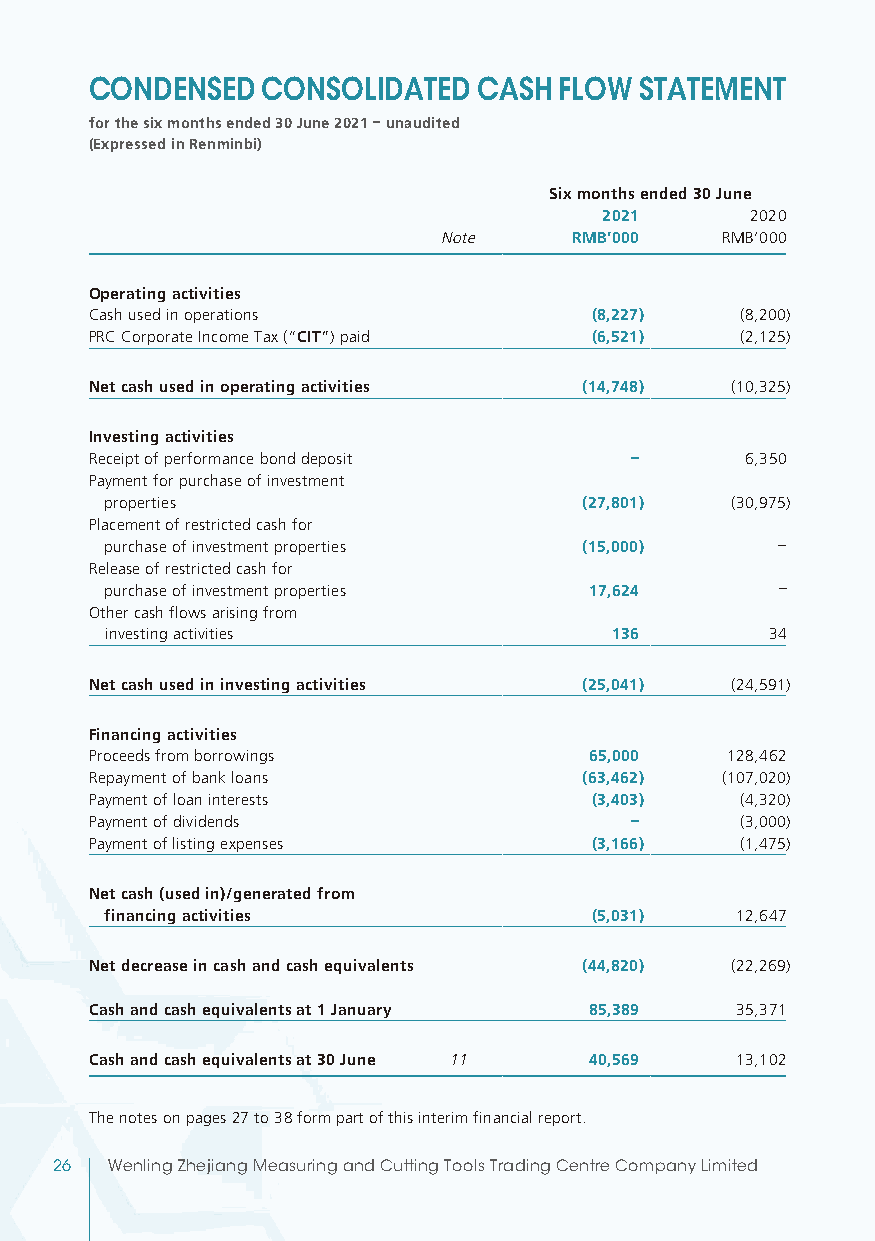
CONDENSED  CONSOLIDATED   CASH FLOW STATEMENT
 for the six months ended 30 June 2021 – unaudited
 (Expressed in Renminbi)
 Six months ended 30 June
 2021      2020
 Note     RMB’000   RMB’000
 Operating activities
 Cash used in operations          (8,227)   (8,200)
 PRC Corporate Income Tax (“CIT”) paid (6,521) (2,125)
 Net cash used in operating activities (14,748) (10,325)
 Investing activities
 Receipt of performance bond deposit –      6,350
 Payment for purchase of investment
 properties                      (27,801) (30,975)
 Placement of restricted cash for
 purchase of investment properties (15,000)  –
 Release of restricted cash for
 purchase of investment properties 17,624    –
 Other cash flows arising from
 investing activities             136        34
 Net cash used in investing activities (25,041) (24,591)
 Financing activities
 Proceeds from borrowings         65,000   128,462
 Repayment of bank loans          (63,462) (107,020)
 Payment of loan interests        (3,403)   (4,320)
 Payment of dividends                –      (3,000)
 Payment of listing expenses      (3,166)   (1,475)
 Net cash (used in)/generated from
 financing activities            (5,031)   12,647
 Net decrease in cash and cash equivalents (44,820) (22,269)
 Cash and cash equivalents at 1 January 85,389 35,371
 Cash and cash equivalents at 30 June 11 40,569 13,102
 The notes on pages 27 to 38 form part of this interim financial report.
 26  Wenling Zhejiang Measuring and Cutting Tools Trading Centre Company Limited